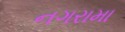
નગરામા